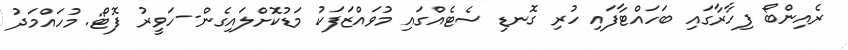
ރެއިންބޯ ފިހާރާގައި ބަހައްޓާފައި ހުރި ގޮނޑި ސެޓެއްގައި މުވައްޒަފަކު މަޑުކޮށްލައިގެން--ހަވީރު ފޮޓޯ: މުހައްމަދު